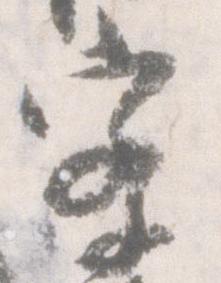
察